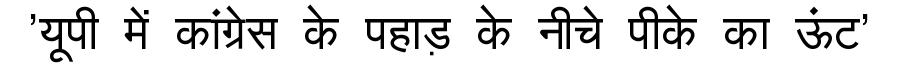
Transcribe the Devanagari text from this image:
'यूपी में कांग्रेस के पहाड़ के नीचे पीके का ऊंट'